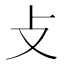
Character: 攴